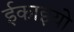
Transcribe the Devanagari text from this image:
ईकाइयो